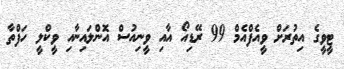
ޓީވީގެ އިތުރަށް ވީއެފްއެމް 99 ރޭޑިއޯ އާއި ވީނިއުސް އޮންލައިނާއި ވީކްލީ ހަފްތާ